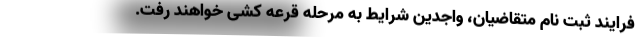
فرایند ثبت نام متقاضیان، واجدین شرایط به مرحله قرعه کشی خواهند رفت.